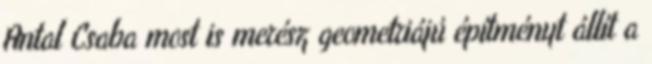
Antal Csaba most is merész geometriájú építményt állít a